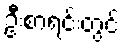
ဦးစာရင်းတွင်